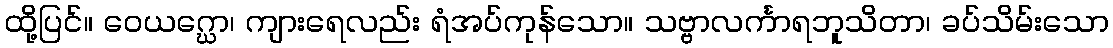
ထို့ပြင်။ ဝေယဂ္ဃော၊ ကျားရေလည်း ရံအပ်ကုန်သော။ သဗ္ဗာလင်္ကာရဘူသိတာ၊ ခပ်သိမ်းသော